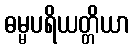
ဓမ္မပရိယတ္တိယာ